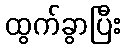
ထွက်ခွာပြီး